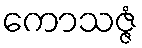
ကောသဇ္ဇံ